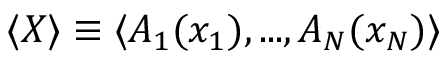
\langle X \rangle \equiv \langle A _ { 1 } ( x _ { 1 } ) , . . . , A _ { N } ( x _ { N } ) \rangle